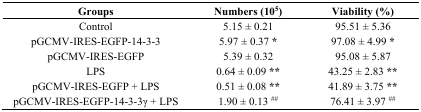
<table><thead><tr><td><b>Groups</b></td><td><b>Numbers (10<sup>5</sup>)</b></td><td><b>Viability (%)</b></td></tr></thead><tbody><tr><td>Control</td><td>5.15 ± 0.21</td><td>95.51 ± 5.36</td></tr><tr><td>pGCMV-IRES-EGFP-14-3-3</td><td>5.97 ± 0.37 <b>*</b></td><td>97.08 ± 4.99 <b>*</b></td></tr><tr><td>pGCMV-IRES-EGFP</td><td>5.39 ± 0.32</td><td>95.08 ± 5.87</td></tr><tr><td>LPS</td><td>0.64 ± 0.09 <b>**</b></td><td>43.25 ± 2.83 <b>**</b></td></tr><tr><td>pGCMV-IRES-EGFP + LPS</td><td>0.51 ± 0.08 <b>**</b></td><td>41.89 ± 3.75 <b>**</b></td></tr><tr><td>pGCMV-IRES-EGFP-14-3-3γ + LPS</td><td>1.90 ± 0.13 <sup>##</sup></td><td>76.41 ± 3.97 <sup>##</sup></td></tr></tbody></table>